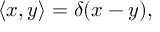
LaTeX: \langle x , y \rangle = \delta ( x - y ) ,